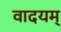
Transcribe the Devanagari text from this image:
वादयम्